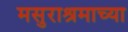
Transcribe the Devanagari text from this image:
मसुराश्रमाच्या